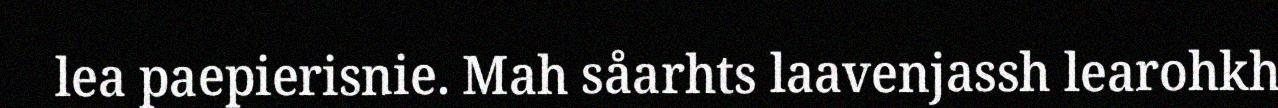
lea paepierisnie. Mah såarhts laavenjassh learohkh